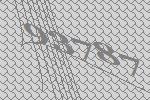
93787